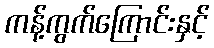
ကန့်ကွက်ကြောင်းနှင့်